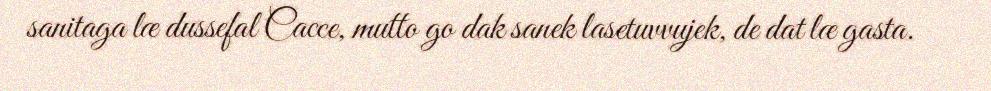
sanitaga læ dussefal Cacce, mutto go dak sanek lasetuvvujek, de dat læ gasta.